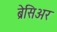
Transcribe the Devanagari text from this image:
ब्रेसिअर